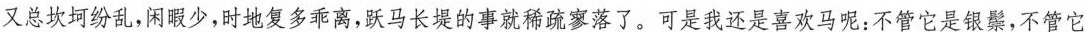
又总坎坷纷乱，闲眼少,时地复多乖离,跃马长堤的事就稀疏寥落了。可是我还是喜欢马呢:不管它是银梨,不管它